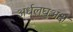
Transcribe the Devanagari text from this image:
अर्धलघुअक्ष